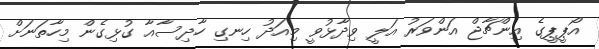
އޯޕީޕީގެ އިންޗާޖް އަންވަރު އަލީ ވިދާޅުވީ މިއަދު ހިނގި ހާދިސާއާ ގުޅިގެން މިހާތަނަށް